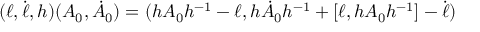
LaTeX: ( \ell , \dot { \ell } , h ) ( A _ { 0 } , \dot { A } _ { 0 } ) = ( h A _ { 0 } h ^ { - 1 } - \ell , h \dot { A } _ { 0 } h ^ { - 1 } + [ \ell , h A _ { 0 } h ^ { - 1 } ] - \dot { \ell } )